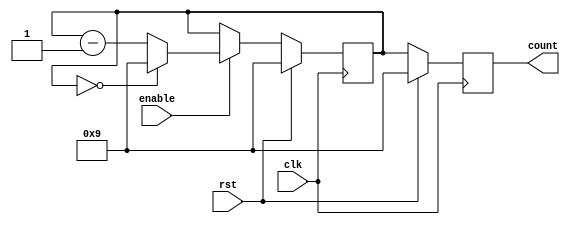
module bcd_down_counter (
  input wire clk,         // System clock input
  input wire rst,         // Reset input
  input wire enable,      // Enable input
  output reg [3:0] count  // BCD count output
);

reg [3:0] sync_count;

always @(posedge clk) begin
  if (rst) begin
    sync_count <= 4'd9;  // Initial BCD value
  end
  else if (enable) begin
    if (sync_count == 4'd0) begin
      sync_count <= 4'd9;
    end
    else begin
      sync_count <= sync_count - 4'b0001;
    end
  end
end

always @(posedge clk) begin
  if (rst) begin
    count <= 4'd9;
  end
  else begin
    count <= sync_count;
  end
end

endmodule